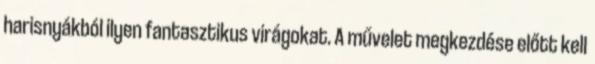
harisnyákból ilyen fantasztikus virágokat. A művelet megkezdése előtt kell